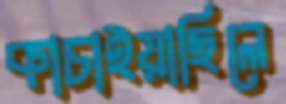
কাচাইয়াছিলে